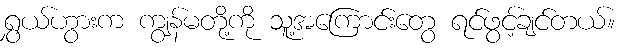
ရွှယ်ဟွားက ကျွန်မတို့ကို သူ့အကြောင်းတွေ ရင်ဖွင့်ချင်တယ်။